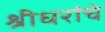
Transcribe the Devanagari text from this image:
श्रीधरांचे